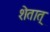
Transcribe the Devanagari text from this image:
शेतात्